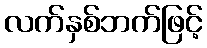
လက်နှစ်ဘက်ဖြင့်